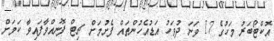
އޮކްޓޯބަރު މަހުގެ 17 ވަނަ ދުވަހު އަޑުއެހުންތައް ފެށުމަށް ޗިޓް ފޮނުއްވާފައިވާ ކަމަށް